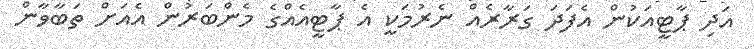
އަދި ޕާޓީއަކުން އެފަދަ ގަރާރެއް ނެރުމަކީ އެ ޕާޓީއެއްގެ މެންބަރުން އެއަށް ތަބާވާން